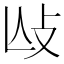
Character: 𢻲